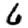
Digit: 6